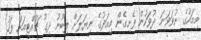
މިމަހުގެ ނުވަވަނަ ދުވަހުން ފެށިގެން މިއަދުގެ ނިޔަލަށް ލިބުނު ދިގު ޗުއްޓީއަށް ފަހު